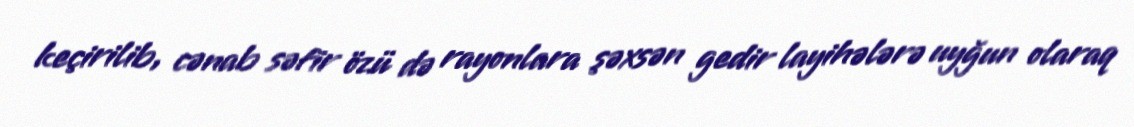
keçirilib, cənab səfir özü də rayonlara şəxsən gedir layihələrə uyğun olaraq